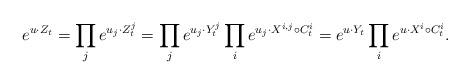
LaTeX: \begin{align*}e^{u\cdot Z_t}=\prod_{j}e^{u_j\cdot Z^j_t }=\prod_j e^{u_j \cdot Y^j_t}\prod_i e^{u_j \cdot X^{i,j}\circ C^i_t}=e^{u\cdot Y_t}\prod_i e^{u\cdot X^i\circ C^i_t}.\end{align*}